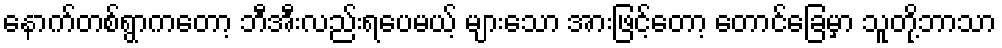
နောက်တစ်ရွာကတော့ ဘီအီးလည်းရပေမယ့် များသော အားဖြင့်တော့ တောင်ခြေမှာ သူတို့ဘာသာ